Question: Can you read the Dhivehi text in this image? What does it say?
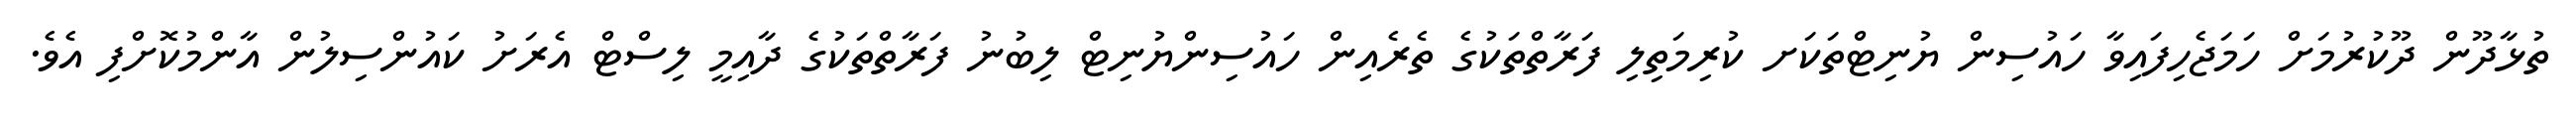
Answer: ތުޅާދޫން ދޫކުރުމަށް ހަމަޖެހިފައިވާ ހައުސިން ޔުނިޓްތަކަށ ކުރިމަތިލި ފަރާތްތަކުގެ ތެރެއިން ހައުސިންޔުނިޓް ލިބުނު ފަރާތްތަކުގެ ދާއިމީ ލިސްޓް އެރަށު ކައުންސިލުން އާންމުކޮށްފި އެވެ.